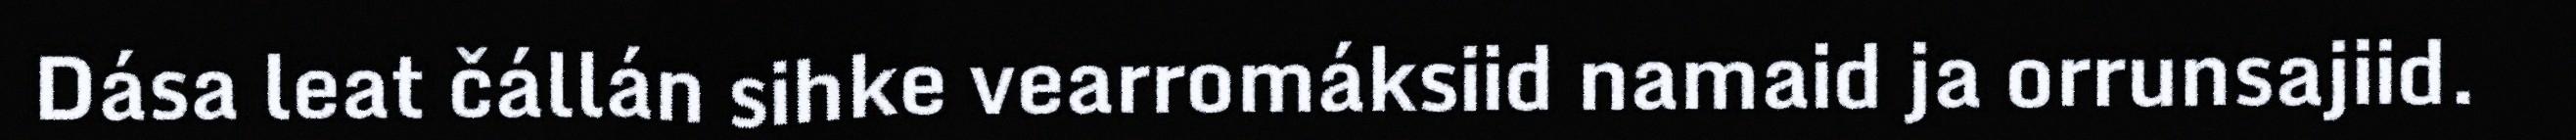
Dása leat čállán sihke vearromáksiid namaid ja orrunsajiid.